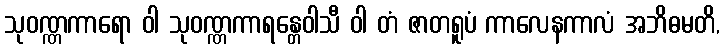
သုဝဏ္ဏကာရော ဝါ သုဝဏ္ဏကာရန္တေဝါသီ ဝါ တံ ဇာတရူပံ ကာလေနကာလံ အဘိဓမတိ,